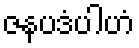
ဇနပဒံပါဟံ